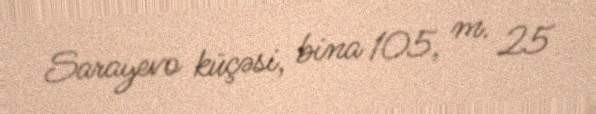
Sarayevo küçəsi, bina 105, m. 25